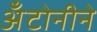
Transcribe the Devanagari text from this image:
अँटोनीने